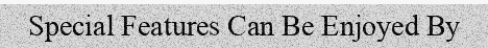
Special Features Can Be Enjoyed By